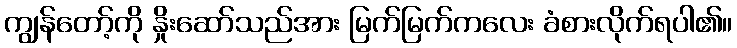
ကျွန်တော့်ကို နှိုးဆော်သည်အား မြက်မြက်ကလေး ခံစားလိုက်ရပါ၏။